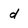
Character: d